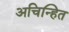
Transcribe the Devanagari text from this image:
अचिन्हित